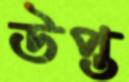
উপ্ত